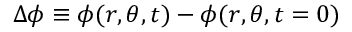
\Delta \phi \equiv { \phi ( r , \theta , t ) - \phi ( r , \theta , t = 0 ) }